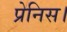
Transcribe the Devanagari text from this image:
प्रेनिस।